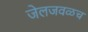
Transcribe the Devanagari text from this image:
जेलजवळच